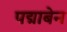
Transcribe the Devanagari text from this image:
पद्माबेन